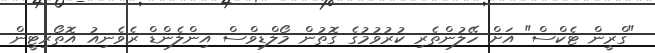
"ގްރީން ޓެކްސް" އަށް ހޭލުންތެރި ކުރުވުމުގެ ގޮތުން މޯލްޑިވްސް އިންލެންޑް ރެވެނިއު އޮތޯރިޓީން